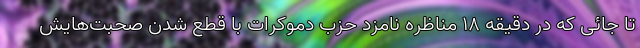
تا جائی که در دقیقه ۱۸ مناظره نامزد حزب دموکرات با قطع شدن صحبت‌هایش